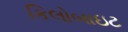
કિલોબાઇટ